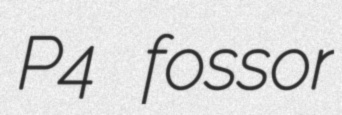
P4 fossor